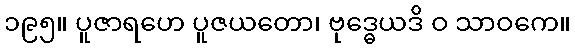
၁၉၅။ ပူဇာရဟေ ပူဇယတော၊ ဗုဒ္ဓေယဒိ ဝ သာဝကေ။